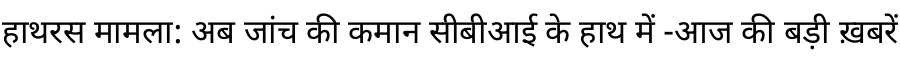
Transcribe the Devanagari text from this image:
हाथरस मामला: अब जांच की कमान सीबीआई के हाथ में -आज की बड़ी ख़बरें